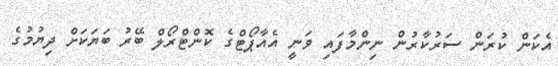
އެކަން ކުރަން ސަރުކާރުން ނިންމާފައި ވަނީ އެއާޕޯޓްގެ ކޮންޓްރޯލް ބޭރު ބަޔަކަށް ދިޔުމުގެ